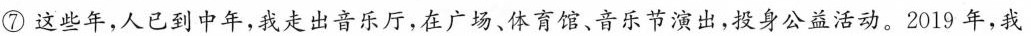
⑦这些年，人已到中年，我走出音乐厅，在广场、体育馆、音乐节演出，投身公益活动。2019年，我